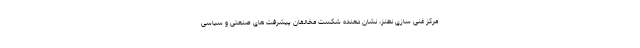
مرکز غنی سازی نطنز، نشان دهنده شکست مخالفان پیشرفت های صنعتی و سیاسی